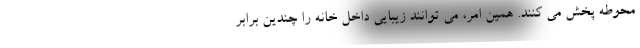
محوطه پخش می کنند. همین امر، می توانند زیبایی داخل خانه را چندین برابر